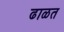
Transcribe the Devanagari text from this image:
ढाळत